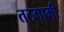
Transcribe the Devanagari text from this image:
तटगामी